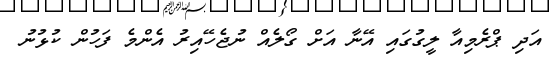
އަދި ޕްރެމިއާ ލީގުގައި އޭނާ އަށް ގޯލެއް ނުޖެހޭއިރު އެންމެ ފަހުން ކުޅުނު